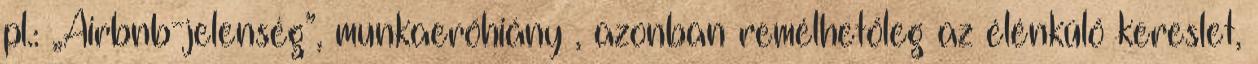
pl.: „Airbnb-jelenség”, munkaerőhiány , azonban remélhetőleg az élénkülő kereslet,